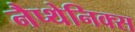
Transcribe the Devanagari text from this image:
नैप्थेनिक्स